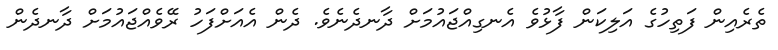
ތެރެއިން ފަތިހުގެ އަލިކަން ފާޅުވެ އެނގިއްޖައުމަށް ދާނދެނެވެ. ދެން އެއަށްފަހު ރޭވެއްޖައުމަށް ދާނދެން